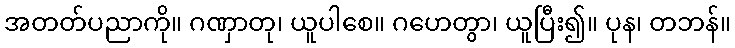
အတတ်ပညာကို။ ဂဏှာတု၊ ယူပါစေ။ ဂဟေတွာ၊ ယူပြီး၍။ ပုန၊ တဘန်။